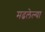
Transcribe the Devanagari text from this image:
मढलेल्या